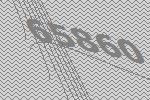
65860